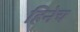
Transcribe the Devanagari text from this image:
हिनेच